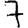
Digit: 7